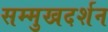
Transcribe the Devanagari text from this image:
सम्मुखदर्शन